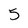
Character: 5